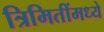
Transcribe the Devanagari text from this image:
त्रिमितींमध्ये